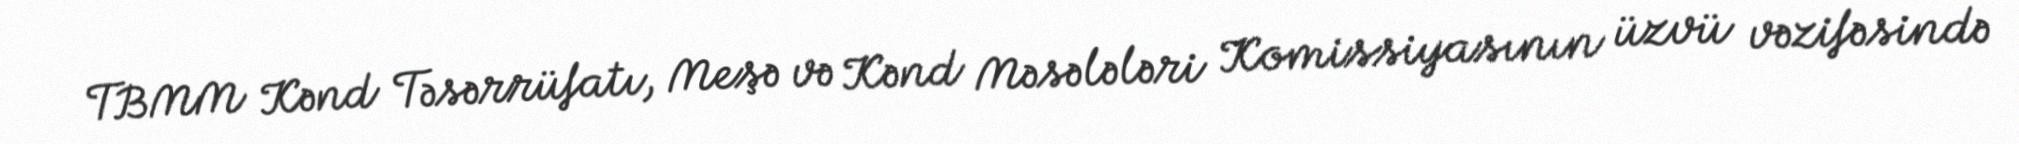
TBMM Kənd Təsərrüfatı, Meşə və Kənd Məsələləri Komissiyasının üzvü vəzifəsində